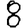
Digit: 8